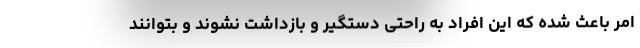
امر باعث شده که این افراد به راحتی دستگیر و بازداشت نشوند و بتوانند